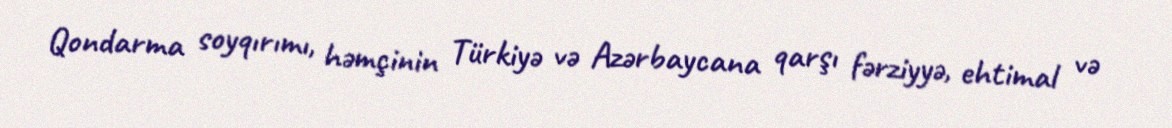
Qondarma soyqırımı, həmçinin Türkiyə və Azərbaycana qarşı fərziyyə, ehtimal və